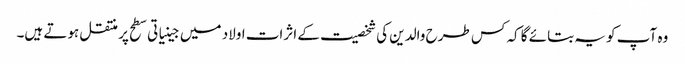
وہ آپ کو یہ بتائے گا کہ کس طرح والدین کی شخصیت کے اثرات اولاد میں جینیاتی سطح پر منتقل ہوتے ہیں۔